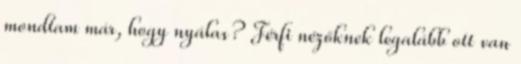
mondtam már, hogy nyálas? Férfi nézőknek legalább ott van